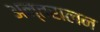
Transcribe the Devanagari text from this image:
अन्तरालन